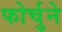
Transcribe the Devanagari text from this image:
फोर्चुने